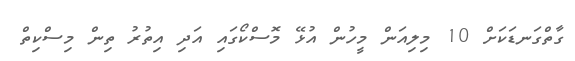
ގާތްގަނޑަކަށް 10 މިލިއަން މީހުން އުޅޭ މޮސްކޯގައި އަދި އިތުރު ތިން މިސްކިތް